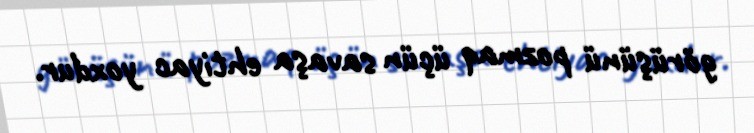
görüşünü pozmaq üçün savaşa ehtiyac yoxdur.